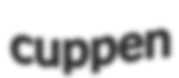
cuppen